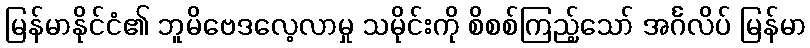
မြန်မာနိုင်ငံ၏ ဘူမိဗေဒလေ့လာမှု သမိုင်းကို စိစစ်ကြည့်သော် အင်္ဂလိပ် မြန်မာ